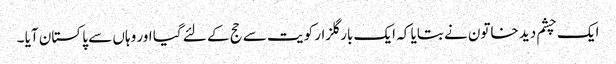
ایک چشم دید خاتون نے بتایا کہ ایک بار گلزار کویت سے حج کے لئے گیا اور وہاں سے پا کستان آیا ۔